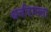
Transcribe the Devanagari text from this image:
धनीरामला